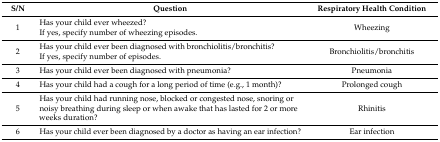
<table><thead><tr><td><b>S/N</b></td><td><b>Question</b></td><td><b>Respiratory Health Condition</b></td></tr></thead><tbody><tr><td>1</td><td>Has your child ever wheezed?If yes, specify number of wheezing episodes.</td><td>Wheezing</td></tr><tr><td>2</td><td>Has your child ever been diagnosed with bronchiolitis/bronchitis?If yes, specify number of episodes.</td><td>Bronchiolitis/bronchitis</td></tr><tr><td>3</td><td>Has your child ever been diagnosed with pneumonia?</td><td>Pneumonia</td></tr><tr><td>4</td><td>Has your child had a cough for a long period of time (e.g., 1 month)?</td><td>Prolonged cough</td></tr><tr><td>5</td><td>Has your child had running nose, blocked or congested nose, snoring or noisy breathing during sleep or when awake that has lasted for 2 or more weeks duration?</td><td>Rhinitis</td></tr><tr><td>6</td><td>Has your child ever been diagnosed by a doctor as having an ear infection?</td><td>Ear infection</td></tr></tbody></table>